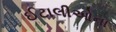
ઈટાલીઓના